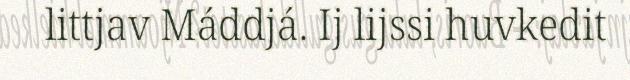
littjav Máddjá. Ij lijssi huvkedit